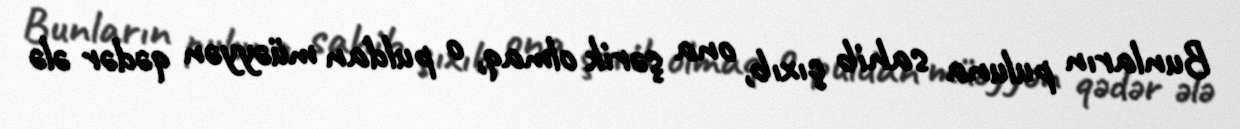
Bunların puluna sahib çıxıb, ona şərik olmaq, o puldan müəyyən qədər ələ